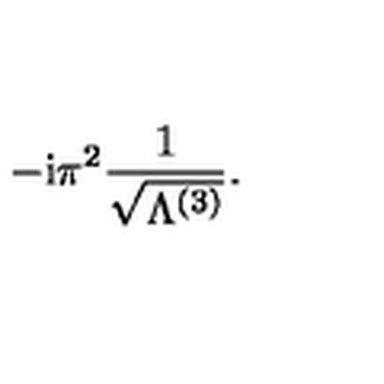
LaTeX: - \mathrm { i } \pi ^ { 2 } \frac { 1 } { \sqrt { \Lambda ^ { ( 3 ) } } } .